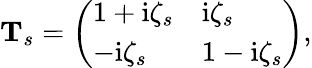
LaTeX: \begin{array}{r}{\mathbf{T}_{s}=\left(\begin{array}{ll}{1+\mathrm{i}\zeta_{s}}&{\mathrm{i}\zeta_{s}}\\ {-\mathrm{i}\zeta_{s}}&{1-\mathrm{i}\zeta_{s}}\end{array}\right),}\end{array}